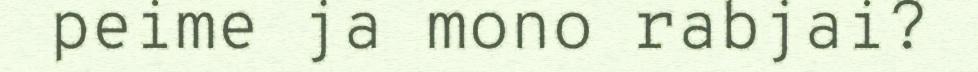
peime ja mono rabjai?